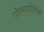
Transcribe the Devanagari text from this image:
पोल्यारटेरिटिस